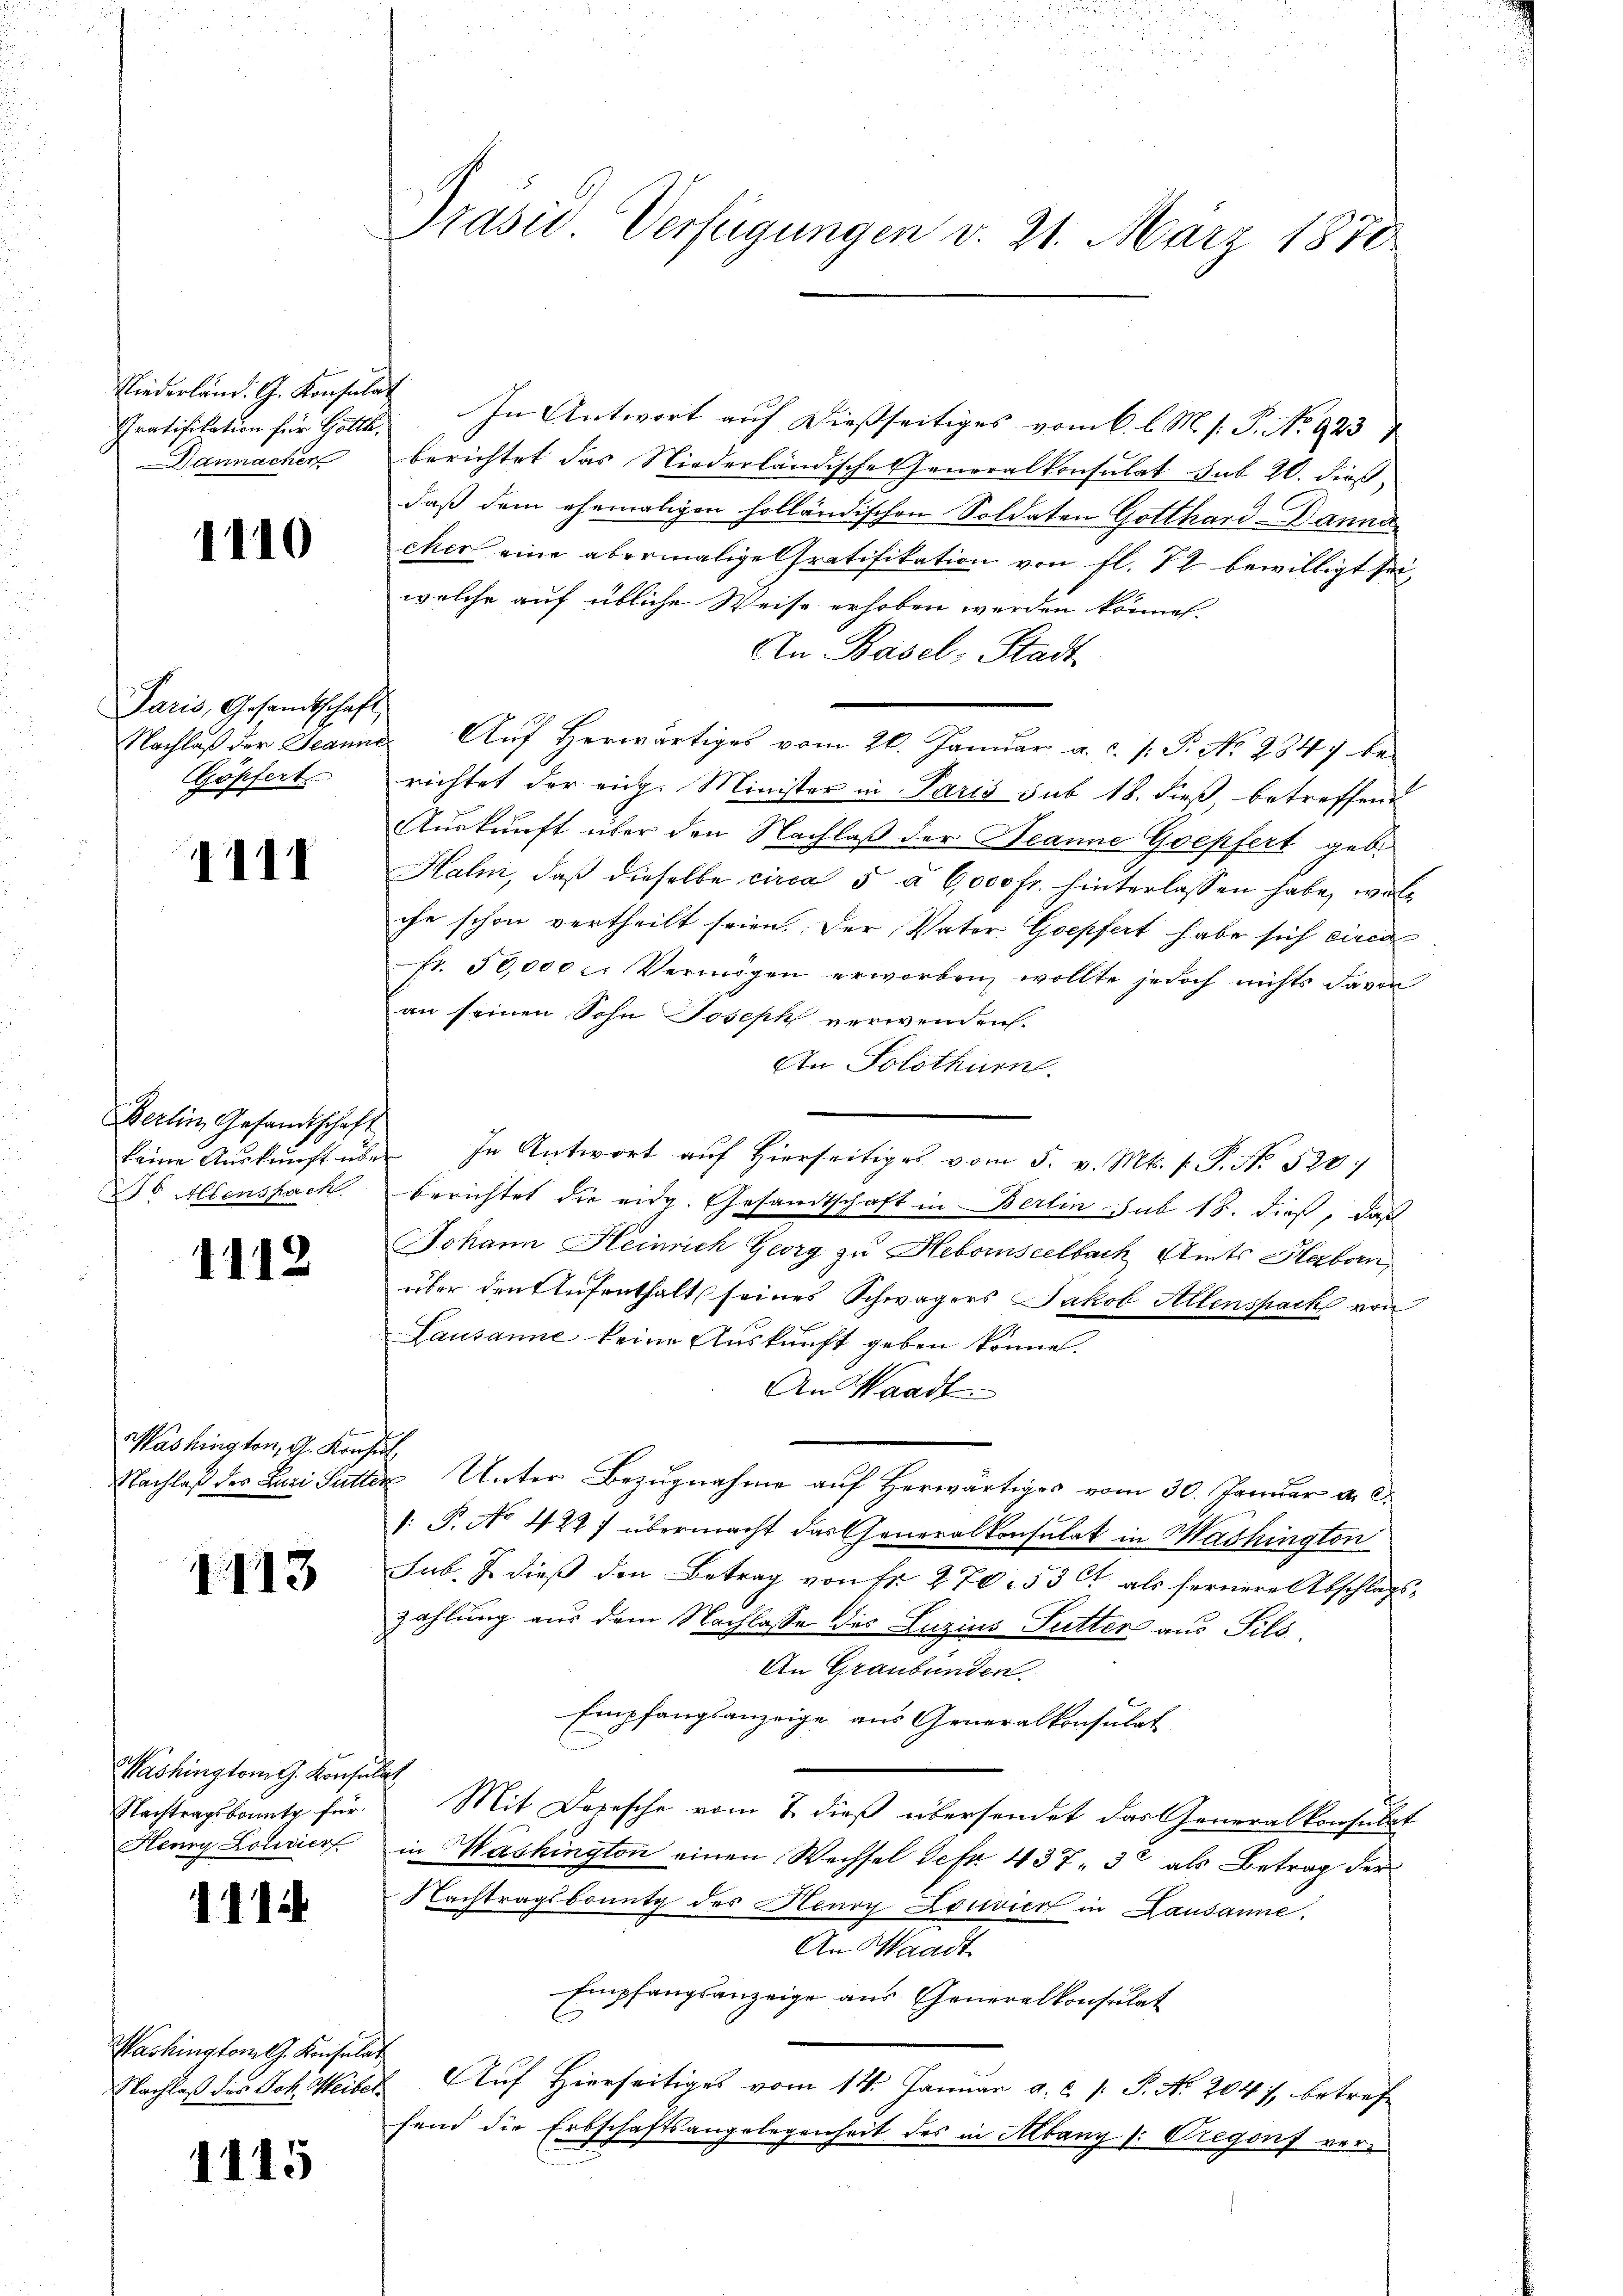
Gratifikation für Gotth.
Darnacher

1110

Paris, Gesandtschaft
Göpfert

IIII

Berlin Gesandtschaft
26 Allenspach

1112

Washington, G. Konsul

1113

Washington G. Konse
Nachtragskonnte für
Henry Lourierf

1114

Washington J. Konsulat

1115

Prasie Verfügungen v. 21. März 1870

Niederländ. G. Konsulat In Antwort auf dießseitiges vom 6. l. M. s. P. No 923)
berichtet das Niederländische Generalkonsulat sub 20. dieß,
daß dem ehemaligen holländischen Soldaten Gotthard-Danna
cher eine abermalige Gratifikation von fl. 12 bewilligt sei,
welche auf übliche Weise erhoben werden können.
An Basel-Stadt
Nachlaß der Jeanne Auf herwärtiges vom 20. Januar a. c. s. P. No. 284 berichtet der eige Minister in Paris sub 18. dieß, betreffend
Auskunft über den Nachlaß der Heanne Goepfert geb.
Halm, daß dieselbe circa 5 à 6,000 fr. hinterlassen habe, woll
che schon vertheilt seien. Der Vater Goepfert habe sich circa
fr. 50,000 c. Vermögen erworben wollte jedoch nichts davon
an seinen Sohn Joseph verwenden.
An Solothurn.
keine Aŭskŭnft über In Antwort aŭf hierseitiges vom 5. v. Mts. f. P. No. 520)
berichtet die eidg. Gesandtschaft in Berlin sub 18. dieß, daß
Johann Heinrich Georg zu Hebomseelbach Amts Herborn,
über den Aufenthalt seines Schwägers Jakob Allenspack von
Lausanne keine Auskunft geben könne.
An Waadt
Nachlaß des Lazi Futter Unter Bezugnahme auf Herwärtiges vom 30. Januar a. c.
: P. No 422) übermacht das Generalkonsulat in Washington
sub. J. dieß den Betrag von Fr. 270. 53 Ct. als fernere Abschlagszahlung aus dem Nachlasse des Luzius Futter aus Sils,
An Graubünden.
Empfangsanzeige aus Generalkonsulat
u
Mit Depesche vom 7. dieß übersendet das Generalkonsulat
in Washington einen Wechsel defr. 437. 30 als Betrag der
Nachtragsbountg des Henry Louvier in Lausanne.
An Waadt
Empfangsanzeige aus Generalkonsulat
2
Nachlaß des Joh. Weibel Auf Hierseitiges vom 14. Januar a. c. s. P. Nr. 2041, betreffend die Erbschaftsangelegenheit des in Albang (: Dregorf ver¬